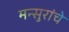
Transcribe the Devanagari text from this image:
मन्सुरांचे